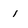
Character: i